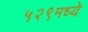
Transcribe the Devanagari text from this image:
५२९मध्ये